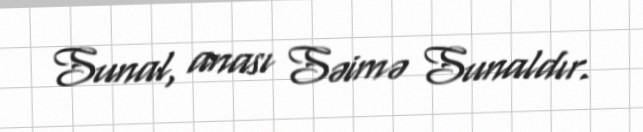
Sunal, anası Səimə Sunaldır.